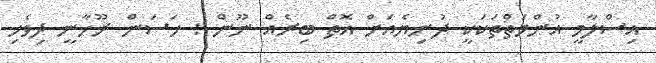
އިސްލާމީ އުންމަތްތަކަކީ ދުނިޔެއަށް އޮތް ބިރެއް ނޫން : ހަސަން ރޫހާނީ ދިވެހި